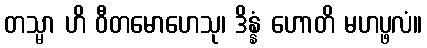
တသ္မာ ဟိ ဝီတမောဟေသု၊ ဒိန္နံ ဟောတိ မဟပ္ဖလံ။